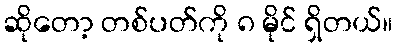
ဆိုတော့ တစ်ပတ်ကို ၈ မိုင် ရှိတယ်။